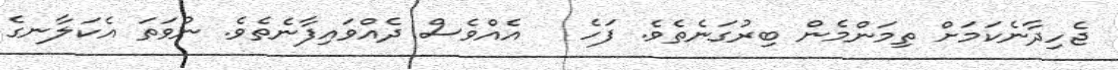
ޖެހިދާނެކަމަށް ތިމަންމެން ބިރުގަނެތެވެ. ފަހެ   އެއްވެސް ދެއްވައިފާނެތެވެ. ނުވަތަ އެކަލާނގެ